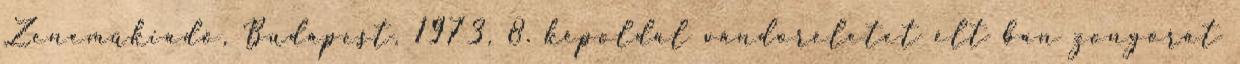
Zeneműkiadó, Budapest, 1973, 8. képoldal vándoréletet élt ban zongorát